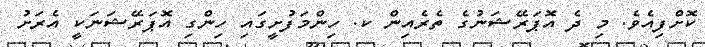
ކޮށްފިއެވެ. މި ދެ އޮޕަރޭޝަނުގެ ތެރެއިން ކ. ހިންމަފުށީގައި ހިންގި އޮޕަރޭޝަނަކީ އެރަށު